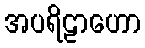
အပရိဠာဟော